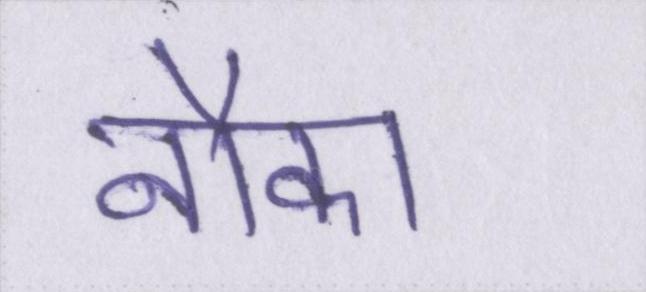
नौका